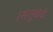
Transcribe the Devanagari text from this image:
।सेतुबंधे